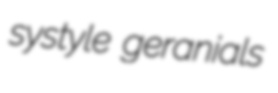
systyle geranials